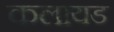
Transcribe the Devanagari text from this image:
कलायड